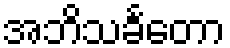
အဘိသင်္ခတော